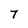
Character: 7